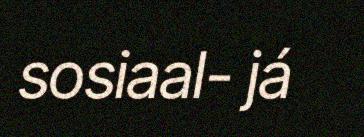
sosiaal- já